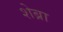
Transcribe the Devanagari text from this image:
शेब्रा